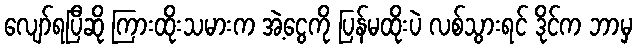
လျော်ရပြီဆို ကြားထိုးသမားက အဲ့ငွေကို ပြန်မထိုးပဲ လစ်သွားရင် ဒိုင်က ဘာမှ